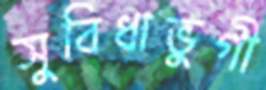
সুবিধাভুগী